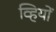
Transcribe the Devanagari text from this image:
व्हियों